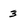
Character: 3